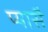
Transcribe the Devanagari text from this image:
प्यासै